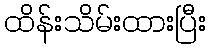
ထိန်းသိမ်းထားပြီး